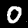
Label: 0